Treatise on elephants
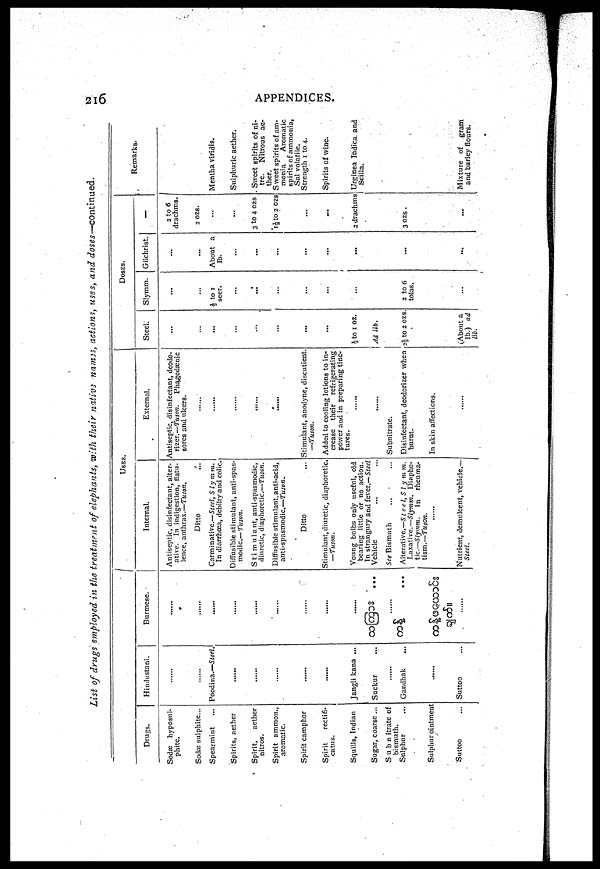
216
APPENDICES.
List of drugs employed in the treatment of elephants, with their native names t actions, uses, and doses—continued.
Drugs.
Sodæ hyposul
phite.
Sodæ sulphite...
Spearmint
Spirits, aether
Spirit,
aether
nitros.
Spirit ammon.,
aromatic.
Spirit camphor
Spirit
reetifi-
catus.
Squills, Indian
Sugar, coarse ...
Subnitrate of
bismuth.
Sulphur...
Sulphur ointment
Suttoo...
Hindustani.
......
......
Poodina.—Steel.
......
......
......
......
......
Jangli kana ...
Suckur ...
......
Gandhak ...
......
Suttoo...
Burmese.
......
......
......
......
......
......
...... ......
......
...
USES.
Internal.
Antiseptic, disinfectant, alter-
ative. In indigestion, flatu
lence, anthrax.—Tuson,
Ditto ...
Carminative.—Steel,
Slymm.
In diarrhoea, debilty and colic.
Diffusible stimulant, anti-spas
modic.— Tuson.
Stimulant, anti-spasmodic,
diuretic, diaphoretic.—Tuson.
Diffusible stimulant, anti-acid,
anti-spasmodic.—Tuson*
Ditto ...
Stimulant, diuretic, diaphoretic.
—Tuson.
Young bulbs only useful, old
bearing little or no action.
In strangury and fever.—Steel
Vehicle ... ...
See Bismuth ... ...
Alterative.—Steel,
Slymm.
Laxative.—Slymm. Diapho-
tic.—Slymm.
In
rheuma
tism.—Tuson.
Nutrient, demulcent, vehicle.—
Steel.
External.
Antiseptic, disinfectant, deodo
rizer.—Tuson.
Phagedænic
sores and ulcers.
......
......
......
......
......
Stimulant, anodyne, discutient.
—Tuson.
Added to cooling lotions to in
crease their
refrigerating
power and in preparing tinc
tures. ......
......
Subnitrate.
Disinfectant, deodorizer when
burnt.
In skin affections.
......
DOSES.
Steel.
...
...
...
...
...
...
...
...
⅓ to 1 oz.
Ad lib.
2 ⅓ to 2 OZS
(About a
lb.) ad
lib.
Slymm.
...
...
½ to 1
seer.
...
...
...
...
...
2 to 6
tolas.
...
Gilchrist.
...
...
About a
lb.
...
...
...
...
...
...
...
2 to 6
drachms.
2 OZS.
3 to 4 Ozs
1½ to 2 OZS
...
...
2 drachms
3 ozs.
...
Remarks.
Mentha viridis.
Sulphuric aether.
Sweet spirits of ni
tre.
Nitrous ae
ther.
Sweet spirits of am
monia Aromatic
spirits of ammonia,
Sal volatile.
Strength 1 to 4.
Spirits of wine.
Urginea Indica and
Scilla.
Mixture of
gram
and barley flours.